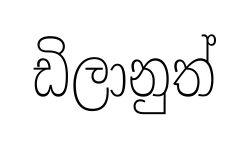
ඩිලානුත්